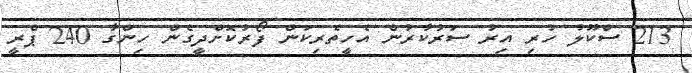
213 ސްކޫލު ހުރި އިރު ސަރުކާރުން އެހީތެރިކަން ފޯރުކޮށްދީގެން ހިންގާ 240 ޕްރީ